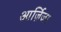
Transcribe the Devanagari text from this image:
आर्ज़िजा